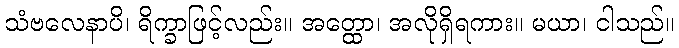
သံဗလေနာပိ၊ ရိက္ခာဖြင့်လည်း။ အတ္ထော၊ အလိုရှိရကား။ မယာ၊ ငါသည်။